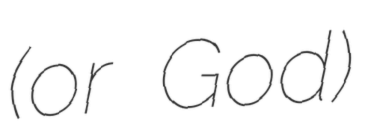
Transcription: (or God)